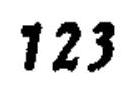
\(123\)